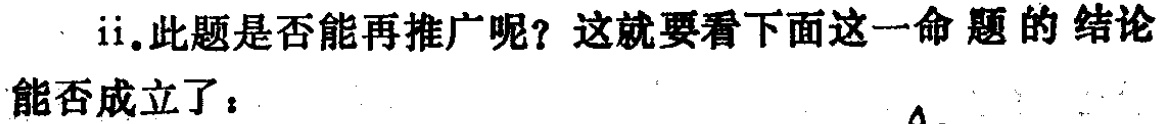
ii.此题是否能再推广呢？这就要看下面这一命题的结论能否成立了：